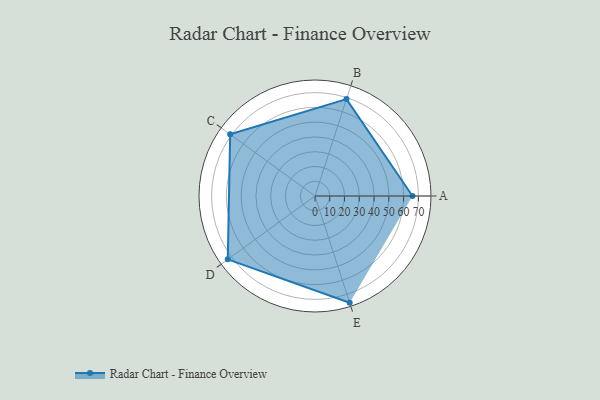
{"axis": {"x": "Skill", "y": "Score"}, "legend": ["Profile"], "data": [{"x": "A", "y": 66.0, "type": "Profile"}, {"x": "B", "y": 69.0, "type": "Profile"}, {"x": "C", "y": 71.0, "type": "Profile"}, {"x": "D", "y": 73.0, "type": "Profile"}, {"x": "E", "y": 76.0, "type": "Profile"}]}